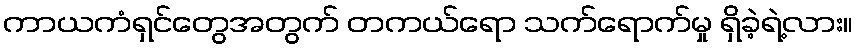
ကာယကံရှင်တွေအတွက် တကယ်ရော သက်ရောက်မှု ရှိခဲ့ရဲ့လား။